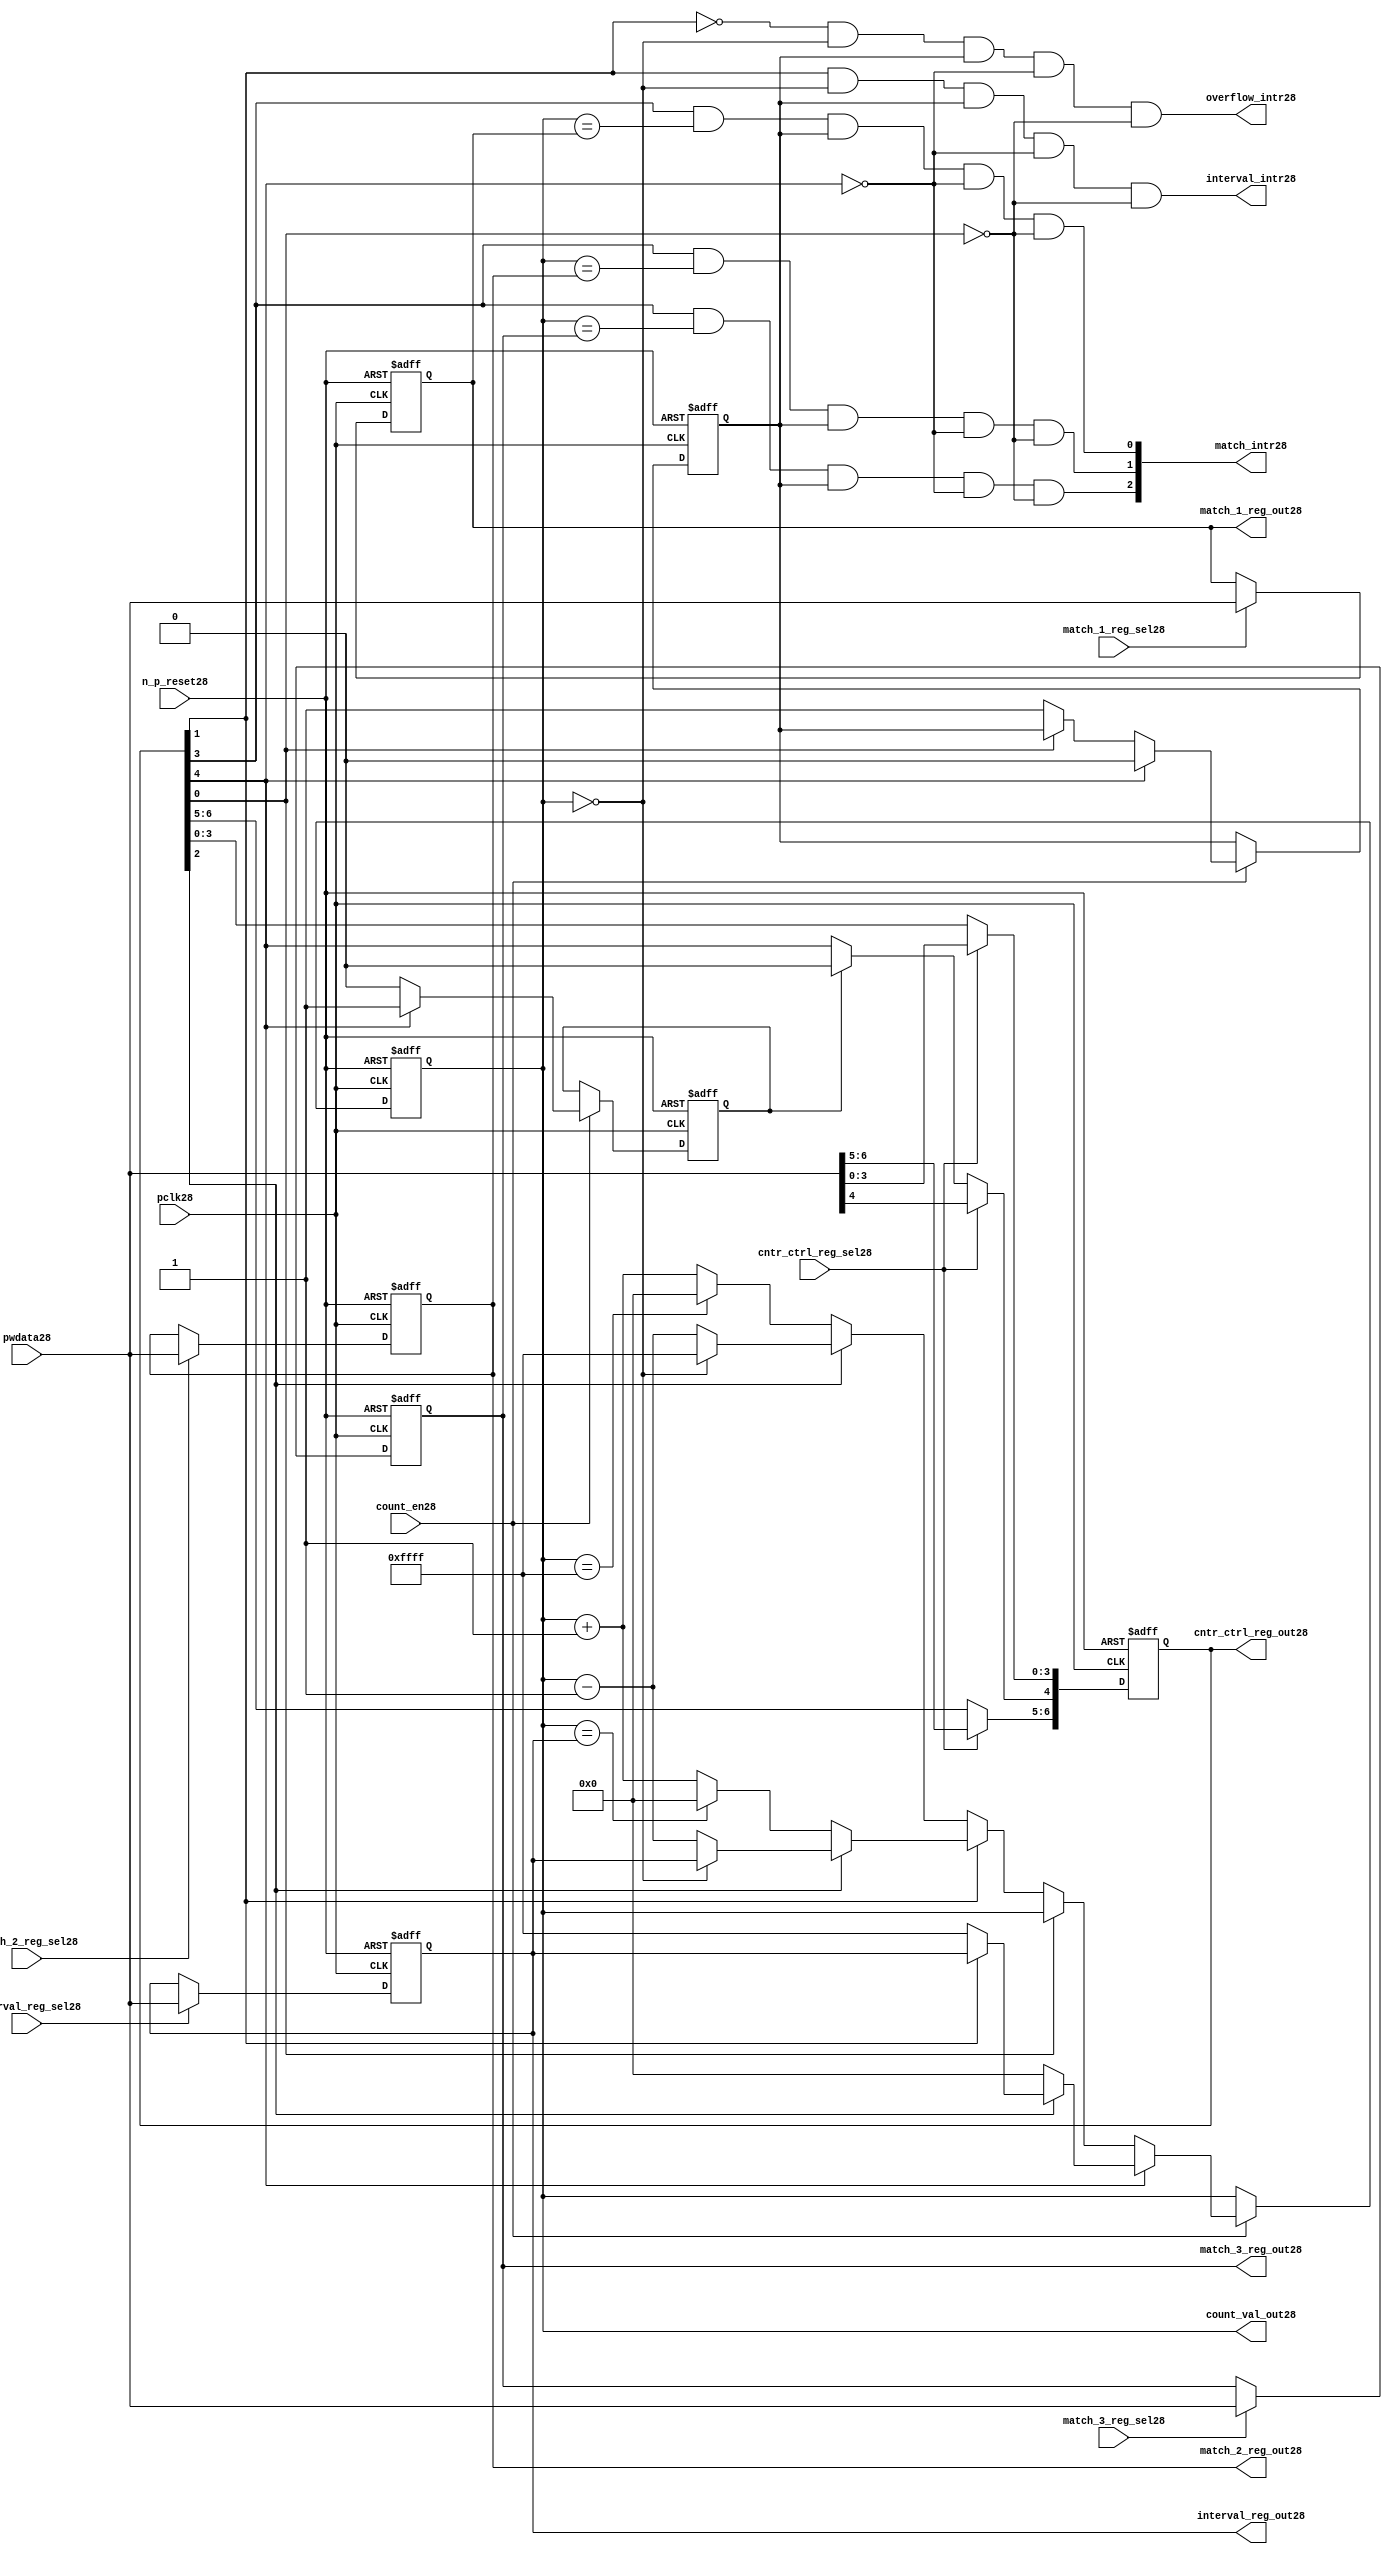
//File28 name   : ttc_counter_lite28.v
//Title28       : 
//Created28     : 1999
//Description28 :The counter can increment and decrement.
//   In increment mode instead of counting28 to its full 16 bit
//   value the counter counts28 up to or down from a programmed28 interval28 value.
//   Interrupts28 are issued28 when the counter overflows28 or reaches28 it's interval28
//   value. In match mode if the count value equals28 that stored28 in one of three28
//   match registers an interrupt28 is issued28.
//Notes28       : 
//----------------------------------------------------------------------
//   Copyright28 1999-2010 Cadence28 Design28 Systems28, Inc28.
//   All Rights28 Reserved28 Worldwide28
//
//   Licensed28 under the Apache28 License28, Version28 2.0 (the
//   "License28"); you may not use this file except28 in
//   compliance28 with the License28.  You may obtain28 a copy of
//   the License28 at
//
//       http28://www28.apache28.org28/licenses28/LICENSE28-2.0
//
//   Unless28 required28 by applicable28 law28 or agreed28 to in
//   writing, software28 distributed28 under the License28 is
//   distributed28 on an "AS28 IS28" BASIS28, WITHOUT28 WARRANTIES28 OR28
//   CONDITIONS28 OF28 ANY28 KIND28, either28 express28 or implied28.  See
//   the License28 for the specific28 language28 governing28
//   permissions28 and limitations28 under the License28.
//----------------------------------------------------------------------
//


module ttc_counter_lite28(

  //inputs28
  n_p_reset28,    
  pclk28,          
  pwdata28,              
  count_en28,
  cntr_ctrl_reg_sel28, 
  interval_reg_sel28,
  match_1_reg_sel28,
  match_2_reg_sel28,
  match_3_reg_sel28,         

  //outputs28    
  count_val_out28,
  cntr_ctrl_reg_out28,
  interval_reg_out28,
  match_1_reg_out28,
  match_2_reg_out28,
  match_3_reg_out28,
  interval_intr28,
  match_intr28,
  overflow_intr28

);


//--------------------------------------------------------------------
// PORT DECLARATIONS28
//--------------------------------------------------------------------

   //inputs28
   input          n_p_reset28;         //reset signal28
   input          pclk28;              //System28 Clock28
   input [15:0]   pwdata28;            //6 Bit28 data signal28
   input          count_en28;          //Count28 enable signal28
   input          cntr_ctrl_reg_sel28; //Select28 bit for ctrl_reg28
   input          interval_reg_sel28;  //Interval28 Select28 Register
   input          match_1_reg_sel28;   //Match28 1 Select28 register
   input          match_2_reg_sel28;   //Match28 2 Select28 register
   input          match_3_reg_sel28;   //Match28 3 Select28 register

   //outputs28
   output [15:0]  count_val_out28;        //Value for counter reg
   output [6:0]   cntr_ctrl_reg_out28;    //Counter28 control28 reg select28
   output [15:0]  interval_reg_out28;     //Interval28 reg
   output [15:0]  match_1_reg_out28;      //Match28 1 register
   output [15:0]  match_2_reg_out28;      //Match28 2 register
   output [15:0]  match_3_reg_out28;      //Match28 3 register
   output         interval_intr28;        //Interval28 interrupt28
   output [3:1]   match_intr28;           //Match28 interrupt28
   output         overflow_intr28;        //Overflow28 interrupt28

//--------------------------------------------------------------------
// Internal Signals28 & Registers28
//--------------------------------------------------------------------

   reg [6:0]      cntr_ctrl_reg28;     // 5-bit Counter28 Control28 Register
   reg [15:0]     interval_reg28;      //16-bit Interval28 Register 
   reg [15:0]     match_1_reg28;       //16-bit Match_128 Register
   reg [15:0]     match_2_reg28;       //16-bit Match_228 Register
   reg [15:0]     match_3_reg28;       //16-bit Match_328 Register
   reg [15:0]     count_val28;         //16-bit counter value register
                                                                      
   
   reg            counting28;          //counter has starting counting28
   reg            restart_temp28;   //ensures28 soft28 reset lasts28 1 cycle    
   
   wire [6:0]     cntr_ctrl_reg_out28; //7-bit Counter28 Control28 Register
   wire [15:0]    interval_reg_out28;  //16-bit Interval28 Register 
   wire [15:0]    match_1_reg_out28;   //16-bit Match_128 Register
   wire [15:0]    match_2_reg_out28;   //16-bit Match_228 Register
   wire [15:0]    match_3_reg_out28;   //16-bit Match_328 Register
   wire [15:0]    count_val_out28;     //16-bit counter value register

//-------------------------------------------------------------------
// Assign28 output wires28
//-------------------------------------------------------------------

   assign cntr_ctrl_reg_out28 = cntr_ctrl_reg28;    // 7-bit Counter28 Control28
   assign interval_reg_out28  = interval_reg28;     // 16-bit Interval28
   assign match_1_reg_out28   = match_1_reg28;      // 16-bit Match_128
   assign match_2_reg_out28   = match_2_reg28;      // 16-bit Match_228 
   assign match_3_reg_out28   = match_3_reg28;      // 16-bit Match_328 
   assign count_val_out28     = count_val28;        // 16-bit counter value
   
//--------------------------------------------------------------------
// Assigning28 interrupts28
//--------------------------------------------------------------------

   assign interval_intr28 =  cntr_ctrl_reg28[1] & (count_val28 == 16'h0000)
      & (counting28) & ~cntr_ctrl_reg28[4] & ~cntr_ctrl_reg28[0];
   assign overflow_intr28 = ~cntr_ctrl_reg28[1] & (count_val28 == 16'h0000)
      & (counting28) & ~cntr_ctrl_reg28[4] & ~cntr_ctrl_reg28[0];
   assign match_intr28[1]  =  cntr_ctrl_reg28[3] & (count_val28 == match_1_reg28)
      & (counting28) & ~cntr_ctrl_reg28[4] & ~cntr_ctrl_reg28[0];
   assign match_intr28[2]  =  cntr_ctrl_reg28[3] & (count_val28 == match_2_reg28)
      & (counting28) & ~cntr_ctrl_reg28[4] & ~cntr_ctrl_reg28[0];
   assign match_intr28[3]  =  cntr_ctrl_reg28[3] & (count_val28 == match_3_reg28)
      & (counting28) & ~cntr_ctrl_reg28[4] & ~cntr_ctrl_reg28[0];


//    p_reg_ctrl28: Process28 to write to the counter control28 registers
//    cntr_ctrl_reg28 decode:  0 - Counter28 Enable28 Active28 Low28
//                           1 - Interval28 Mode28 =1, Overflow28 =0
//                           2 - Decrement28 Mode28
//                           3 - Match28 Mode28
//                           4 - Restart28
//                           5 - Waveform28 enable active low28
//                           6 - Waveform28 polarity28
   
   always @ (posedge pclk28 or negedge n_p_reset28)
   begin: p_reg_ctrl28  // Register writes
      
      if (!n_p_reset28)                                   
      begin                                     
         cntr_ctrl_reg28 <= 7'b0000001;
         interval_reg28  <= 16'h0000;
         match_1_reg28   <= 16'h0000;
         match_2_reg28   <= 16'h0000;
         match_3_reg28   <= 16'h0000;  
      end    
      else 
      begin
         if (cntr_ctrl_reg_sel28)
            cntr_ctrl_reg28 <= pwdata28[6:0];
         else if (restart_temp28)
            cntr_ctrl_reg28[4]  <= 1'b0;    
         else 
            cntr_ctrl_reg28 <= cntr_ctrl_reg28;             

         interval_reg28  <= (interval_reg_sel28) ? pwdata28 : interval_reg28;
         match_1_reg28   <= (match_1_reg_sel28)  ? pwdata28 : match_1_reg28;
         match_2_reg28   <= (match_2_reg_sel28)  ? pwdata28 : match_2_reg28;
         match_3_reg28   <= (match_3_reg_sel28)  ? pwdata28 : match_3_reg28;   
      end
      
   end  //p_reg_ctrl28

   
//    p_cntr28: Process28 to increment or decrement the counter on receiving28 a 
//            count_en28 signal28 from the pre_scaler28. Count28 can be restarted28
//            or disabled and can overflow28 at a specified interval28 value.
   
   
   always @ (posedge pclk28 or negedge n_p_reset28)
   begin: p_cntr28   // Counter28 block

      if (!n_p_reset28)     //System28 Reset28
      begin                     
         count_val28 <= 16'h0000;
         counting28  <= 1'b0;
         restart_temp28 <= 1'b0;
      end
      else if (count_en28)
      begin
         
         if (cntr_ctrl_reg28[4])     //Restart28
         begin     
            if (~cntr_ctrl_reg28[2])  
               count_val28         <= 16'h0000;
            else
            begin
              if (cntr_ctrl_reg28[1])
                 count_val28         <= interval_reg28;     
              else
                 count_val28         <= 16'hFFFF;     
            end
            counting28       <= 1'b0;
            restart_temp28   <= 1'b1;

         end
         else 
         begin
            if (!cntr_ctrl_reg28[0])          //Low28 Active28 Counter28 Enable28
            begin

               if (cntr_ctrl_reg28[1])  //Interval28               
                  if (cntr_ctrl_reg28[2])  //Decrement28        
                  begin
                     if (count_val28 == 16'h0000)
                        count_val28 <= interval_reg28;  //Assumed28 Static28
                     else
                        count_val28 <= count_val28 - 16'h0001;
                  end
                  else                   //Increment28
                  begin
                     if (count_val28 == interval_reg28)
                        count_val28 <= 16'h0000;
                     else           
                        count_val28 <= count_val28 + 16'h0001;
                  end
               else    
               begin  //Overflow28
                  if (cntr_ctrl_reg28[2])   //Decrement28
                  begin
                     if (count_val28 == 16'h0000)
                        count_val28 <= 16'hFFFF;
                     else           
                        count_val28 <= count_val28 - 16'h0001;
                  end
                  else                    //Increment28
                  begin
                     if (count_val28 == 16'hFFFF)
                        count_val28 <= 16'h0000;
                     else           
                        count_val28 <= count_val28 + 16'h0001;
                  end 
               end
               counting28  <= 1'b1;
            end     
            else
               count_val28 <= count_val28;   //Disabled28
   
            restart_temp28 <= 1'b0;
      
         end
     
      end // if (count_en28)

      else
      begin
         count_val28    <= count_val28;
         counting28     <= counting28;
         restart_temp28 <= restart_temp28;               
      end
     
   end  //p_cntr28

endmodule